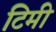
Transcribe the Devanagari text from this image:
टिमी